Enquiry on enteric fever in India - Number 32
Disease focus: Fever
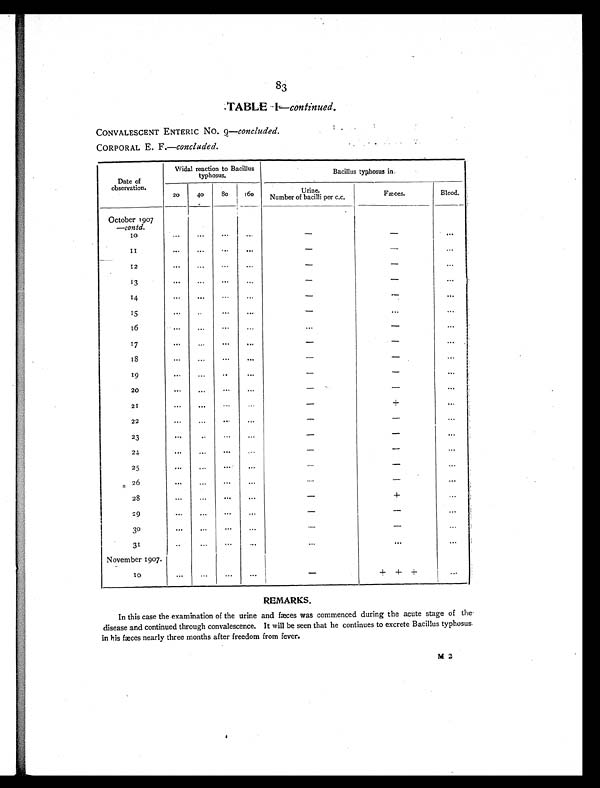
83
TABLE I—continued.
CONVALESCENT ENTERIC No. 9— concluded.
CORPORAL E. F .—concluded.
Date of
observation.
Widal reaction to Bacillus
typhosus.
Bacillus typhosus in.
20
40
80
160
Urine.
Number of bacilli per c.c.
Fæces.
Blood.
October 1907
—contd.
10
. . .
. . .
. . .
. . .
-
-
. . .
1 1
. . .
. . .
. . .
. . .
-
-
. . .
12
. . .
. . .
. . .
. . .
-
-
. . .
13
. . .
. . .
. . .
. . .
-
- . . .
1 4
. . .
. . .
. . .
. . .
-
- . . .
15
. . .
. . .
. . .
. . .
-
. . . . . .
16
. . .
. . .
. . .
. . .
. . .
-
. . .
17
. . .
. . .
. . .
. . .
-
-
. . .
18
. . .
. . .
. . .
. . .
-
- . . .
19
. . .
. . .
. . .
. . .
-
- . . .
20
. . .
. . .
. . .
. . .
-
- . . .
21
. . .
. . .
. . .
. . .
-
+ . . .
22
. . .
. . .
. . .
. . .
-
-
. . .
23
. . .
. . .
. . .
. . .
-
-
. . .
24
. . .
. . .
. . .
. . .
-
-
. . .
25
. . .
. . .
. . .
. . .
-
-
. . .
26
. . .
. . .
. . .
. . .
-
-
. . .
28
. . .
. . .
. . .
. . .
-
+ . . .
29
. . .
. . .
. . .
. . .
-
- . . .
3 0
. . .
. . .
. . .
. . .
-
- . . .
31
. . .
. . .
. . .
. . .
. . .
. . . . . .
November 1907.
. . .
10
. . .
. . .
. . .
. . .
-
+ + +
. . .
REMARKS.
In this case the examination of the urine and faxes was commenced during the acute stage of the
disease and continued through convalescence. It will be seen that he continues to excrete Bacillus typhosus.
in his faces nearly three months after freedom from fever.
M 2